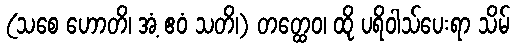
(သစေ ဟောတိ၊ အံ့ ဧဝံ သတိ၊) တတ္ထေဝ၊ ထို ပရိဝါသ်ပေးရာ သိမ်